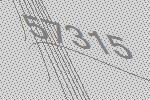
57315